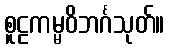
စူဠကမ္မဝိဘင်္ဂသုတ်။